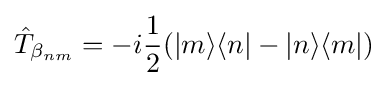
{\hat {T}}_{\beta _{nm}}=-i{\frac {1}{2}}(|m\rangle \langle n|-|n\rangle \langle m|)